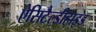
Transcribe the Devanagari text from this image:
ऐसिटैल्डीहाइड